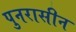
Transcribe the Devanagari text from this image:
पुनरासीन